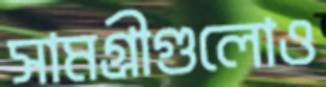
সামগ্রীগুলোও